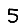
Digit: 5